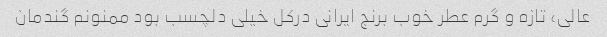
عالی، تازه و گرم عطر خوب برنج ایرانی درکل خیلی دلچسب بود ممنونم گندمان